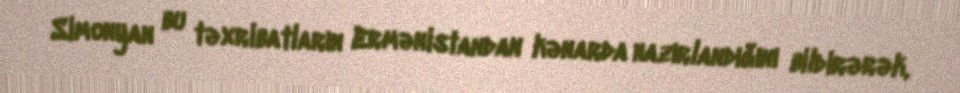
Simonyan bu təxribatların Ermənistandan kənarda hazırlandığını bildirərək,